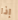
إذا